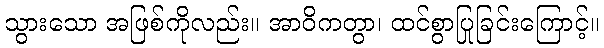
သွားသော အဖြစ်ကိုလည်း။ အာဝိကတွာ၊ ထင်စွာပြုခြင်းကြောင့်။